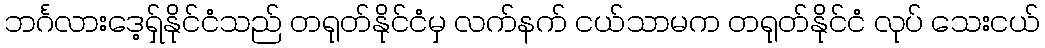
ဘင်္ဂလားဒေ့ရှ်နိုင်ငံသည် တရုတ်နိုင်ငံမှ လက်နက် ငယ်သာမက တရုတ်နိုင်ငံ လုပ် သေးငယ်